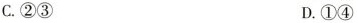
C.②③ D.①④